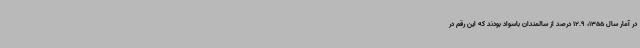
در آمار سال 1355، 12.9 درصد از سالمندان باسواد بودند که این رقم در